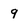
Character: g